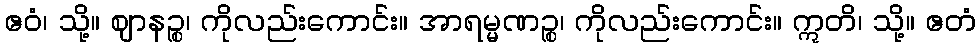
ဧဝံ၊ သို့။ ဈာနဉ္စ၊ ကိုလည်းကောင်း။ အာရမ္မဏဉ္စ၊ ကိုလည်းကောင်း။ ဣတိ၊ သို့။ ဧတံ